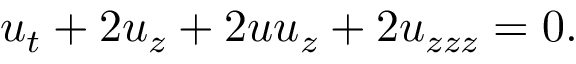
u _ { t } + 2 u _ { z } + 2 u u _ { z } + 2 u _ { z z z } = 0 .